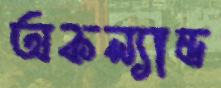
অকল্যান্ড